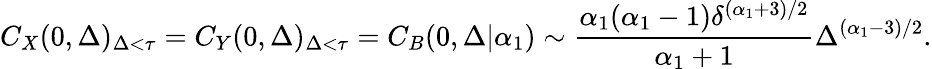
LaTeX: C_{X}(0,\Delta)_{\Delta<\tau}=C_{Y}(0,\Delta)_{\Delta<\tau}=C_{B}(0,\Delta|\alpha_{1})\sim\frac{\alpha_{1}(\alpha_{1}-1)\delta^{(\alpha_{1}+3)/2}}{\alpha_{1}+1}\Delta^{(\alpha_{1}-3)/2}.